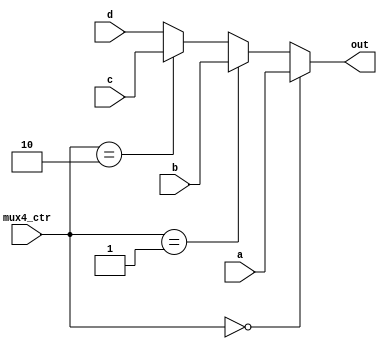
`timescale 1ns / 1ps
//////////////////////////////////////////////////////////////////////////////////
// Company: 
// Engineer: 
// 
// Design Name: 
// Module Name: mux4_32
// Project Name: 
// Target Devices: 
// Tool Versions: 
// Description: 
// 
// Dependencies: 
// 
// Revision:
// Revision 0.01 - File Created
// Additional Comments:
// 
//////////////////////////////////////////////////////////////////////////////////


module mux4_32(
    input[31:0] a,
    input[31:0] b,
    input[31:0] c,
    input[31:0] d,
    input[1:0]  mux4_ctr,
    output[31:0]   out
    );
    
    assign out =    (mux4_ctr == 2'd0) ? a  :
                    (mux4_ctr == 2'd1) ? b  :
                    (mux4_ctr == 2'd2) ? c  :
                    d;
endmodule